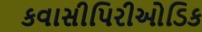
કવાસીપિરીઓડિક